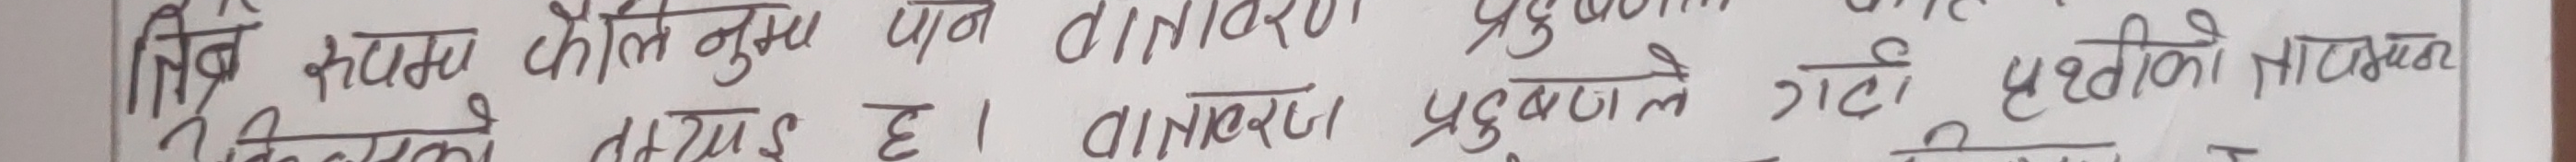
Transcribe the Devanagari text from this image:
चित्र कामज कीतिनुमा पत्र वातावरण प्रदूषणले गेटी धरतीकी सातवना